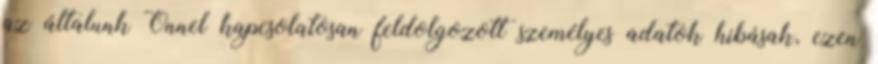
az általunk Önnel kapcsolatosan feldolgozott személyes adatok hibásak, ezen